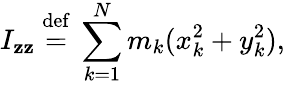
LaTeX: I_{\mathbf{z}\mathbf{z}}\ {\stackrel{\mathrm{{def}}}{=}}\ \sum_{k=1}^{N}m_{k}(x_{k}^{2}+y_{k}^{2}),\,